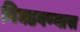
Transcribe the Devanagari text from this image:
बिघडवण्यास